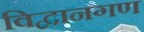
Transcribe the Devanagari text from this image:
विद्वानगण